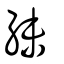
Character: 𥿉